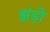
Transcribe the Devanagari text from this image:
झंड़ो